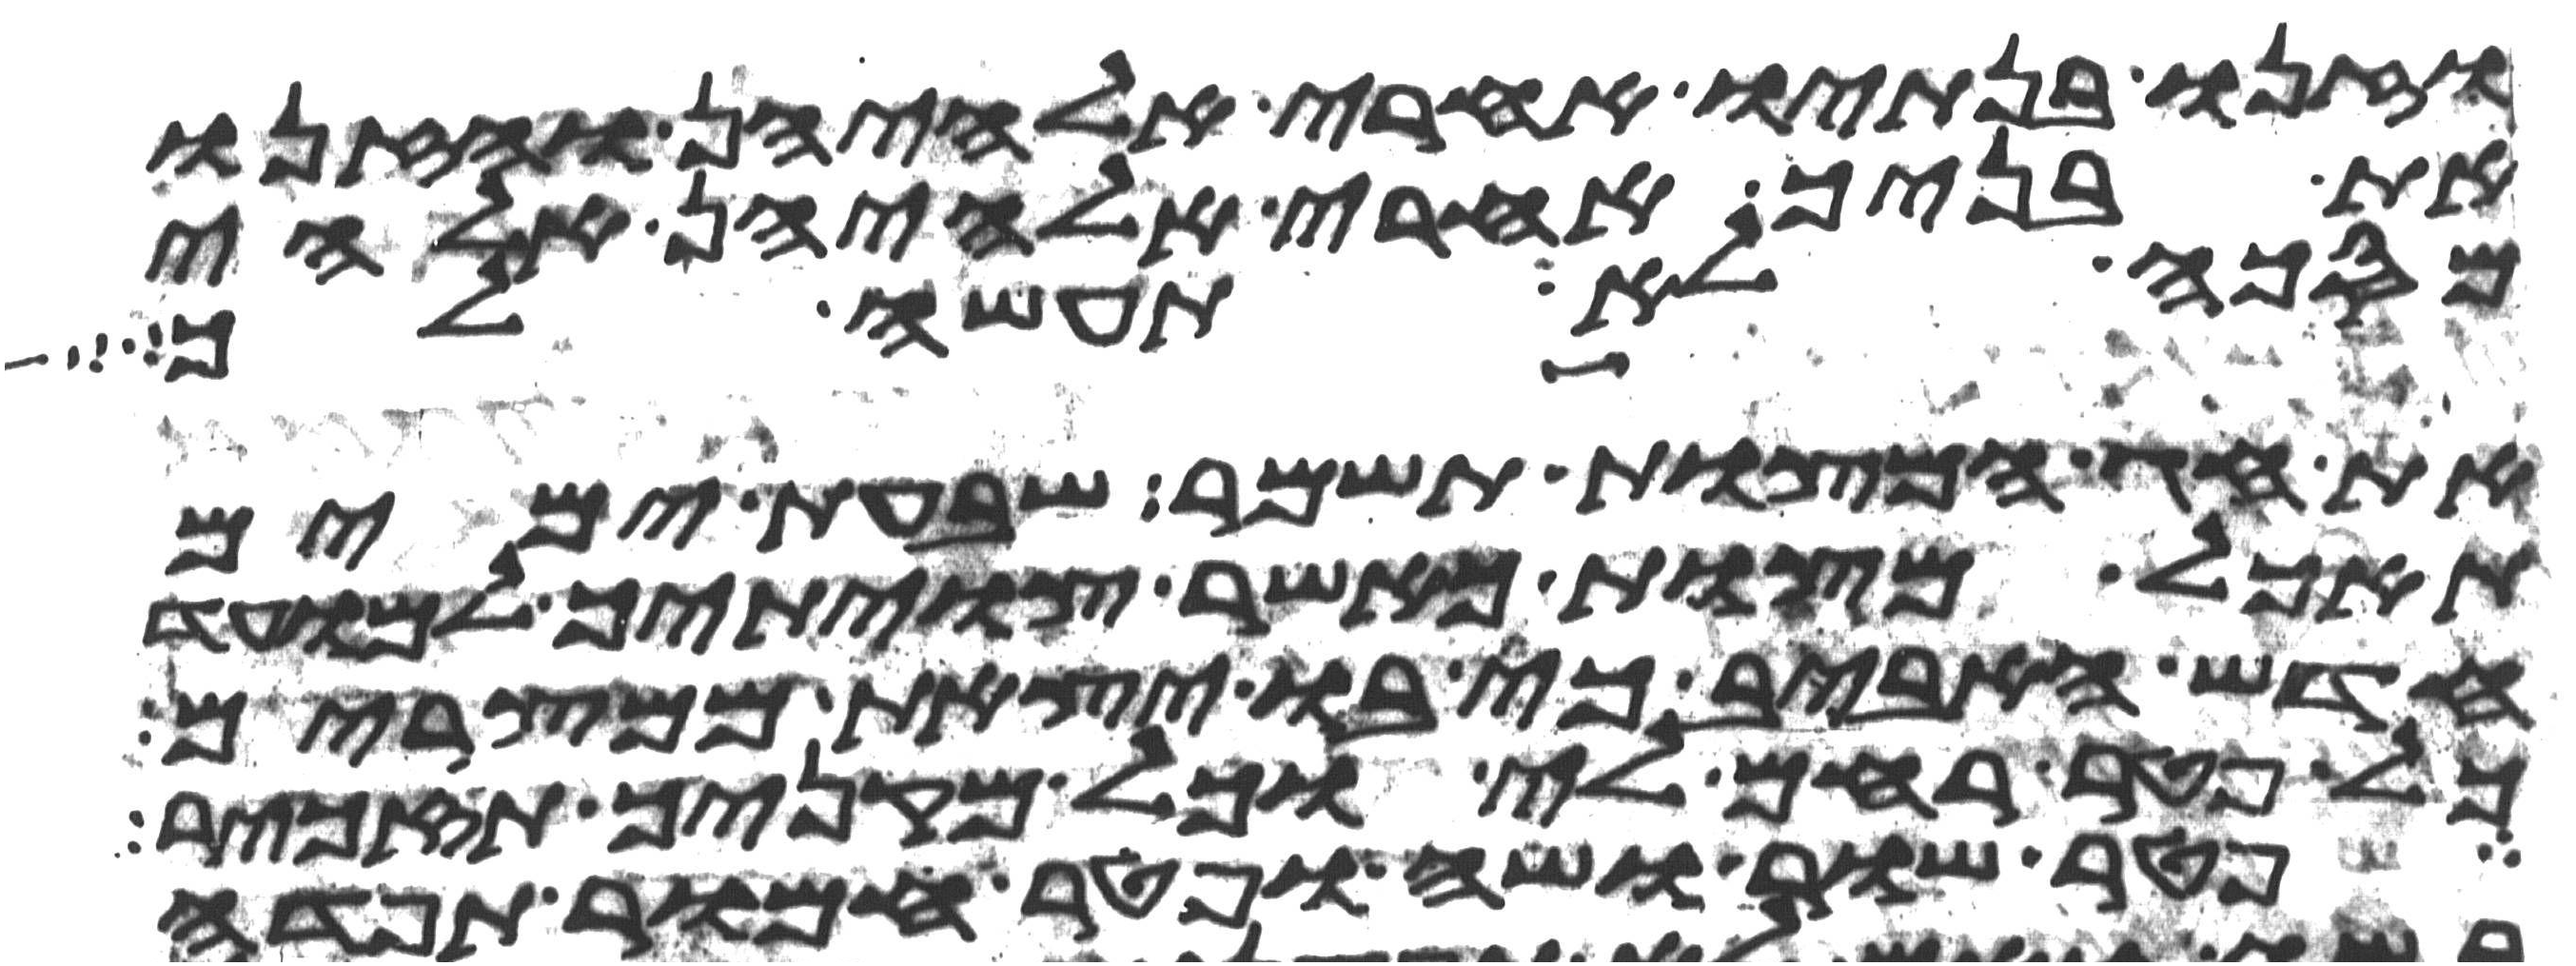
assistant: וזנו בנתיו אחרי אלהיהן והזנו
את בניך אחרי אלהיהן אלהי
מסכה לא תעשה לך
את חג המצות תשמר שבעת ימים
תאכל מצות כאשר צויתיך למועד
חדש האביב כי בו יצאת ממצרים
כל פטר רחם לי וכל מקניך תזכיר
פטר שור ושה ופטר חמור תפדה